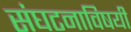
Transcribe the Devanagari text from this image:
संघटनाविषयी